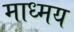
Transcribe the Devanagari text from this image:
माध्मय